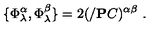
\{ \Phi _ { \lambda } ^ { \alpha } , \Phi _ { \lambda } ^ { \beta } \} = 2 ( / { { \bf P } } C ) ^ { \alpha \beta } \ .